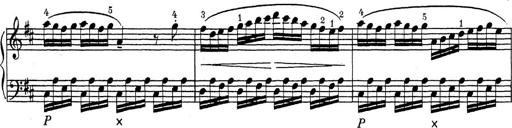
Title: ÄŒeskÃ© Sonatiny
Composer: Various